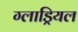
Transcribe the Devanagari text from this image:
ग्लाड्रियल